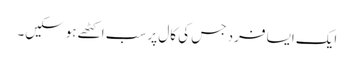
ایک ایسا فرد جس کی کال پر سب اکٹھے ہوسکیں۔